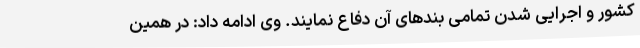
کشور و اجرایی شدن تمامی بندهای آن دفاع نمایند. وی ادامه داد: در همین